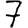
Digit: 7